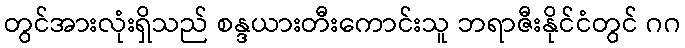
တွင်အားလုံးရှိသည် စန္ဒယားတီးကောင်းသူ ဘရာဇီးနိုင်ငံတွင် ဂဂ